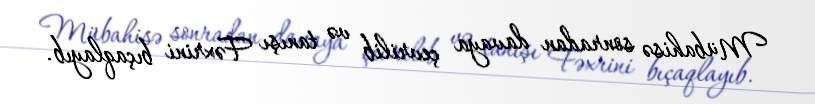
Mübahisə sonradan davaya çevrilib və tanışı Fəxrini bıçaqlayıb.